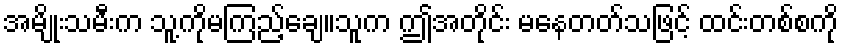
အမျိုးသမီးက သူ့ကိုမကြည့်ချေ။သူက ဤအတိုင်း မနေတတ်သဖြင့် ထင်းတစ်စကို